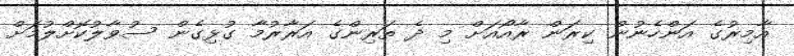
އާމިރުގެ އަންހެނުން ކިރަން ރާއޯއަށް މި ދެ ތަރިންގެ އަރާރުމާ ގުޅިގެން ސުވާލުކޮށްލުމަށް